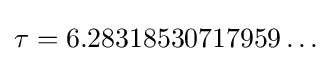
\tau =6.28318530717959\ldots